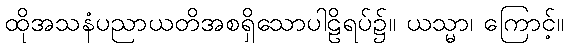
ထိုအသနံပညာယတိအစရှိသောပါဠိရပ်၌။ ယသ္မာ၊ ကြောင့်။